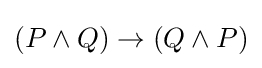
(P\land Q)\to (Q\land P)